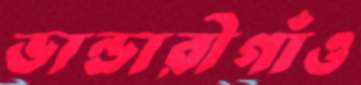
ভান্ডারীগাঁও